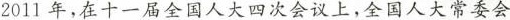
2011年，在十一届全国人大四次会议上，全国人大常委会